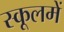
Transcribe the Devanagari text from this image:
स्कूलमें